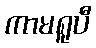
ကာမရူပီ